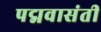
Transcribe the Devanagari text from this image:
पद्मवासंती